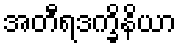
အတီရဒက္ခိနိယာ